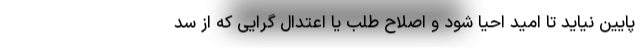
پایین نیاید تا امید احیا شود و اصلاح طلب یا اعتدال گرایی که از سد